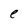
Character: e